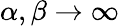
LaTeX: \alpha,\beta\to\infty